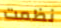
نظمت